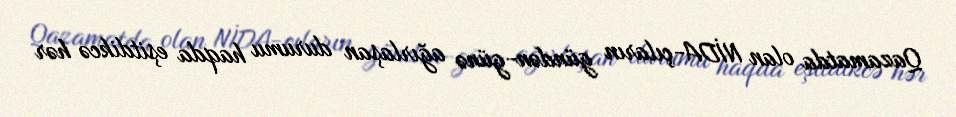
Qazamatda olan NİDA-çıların gündən-günə ağırlaşan durumu haqda eşitdikcə hər